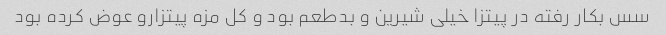
سس بکار رفته در پیتزا خیلی شیرین و بدطعم بود و کل مزه پیتزارو عوض کرده بود